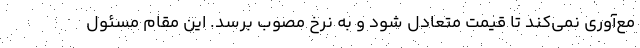
مع‌آوری نمی‌کند تا قیمت متعادل شود و به نرخ مصوب برسد. این مقام مسئول